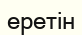
еретін